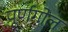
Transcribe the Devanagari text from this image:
पूर्णगोल